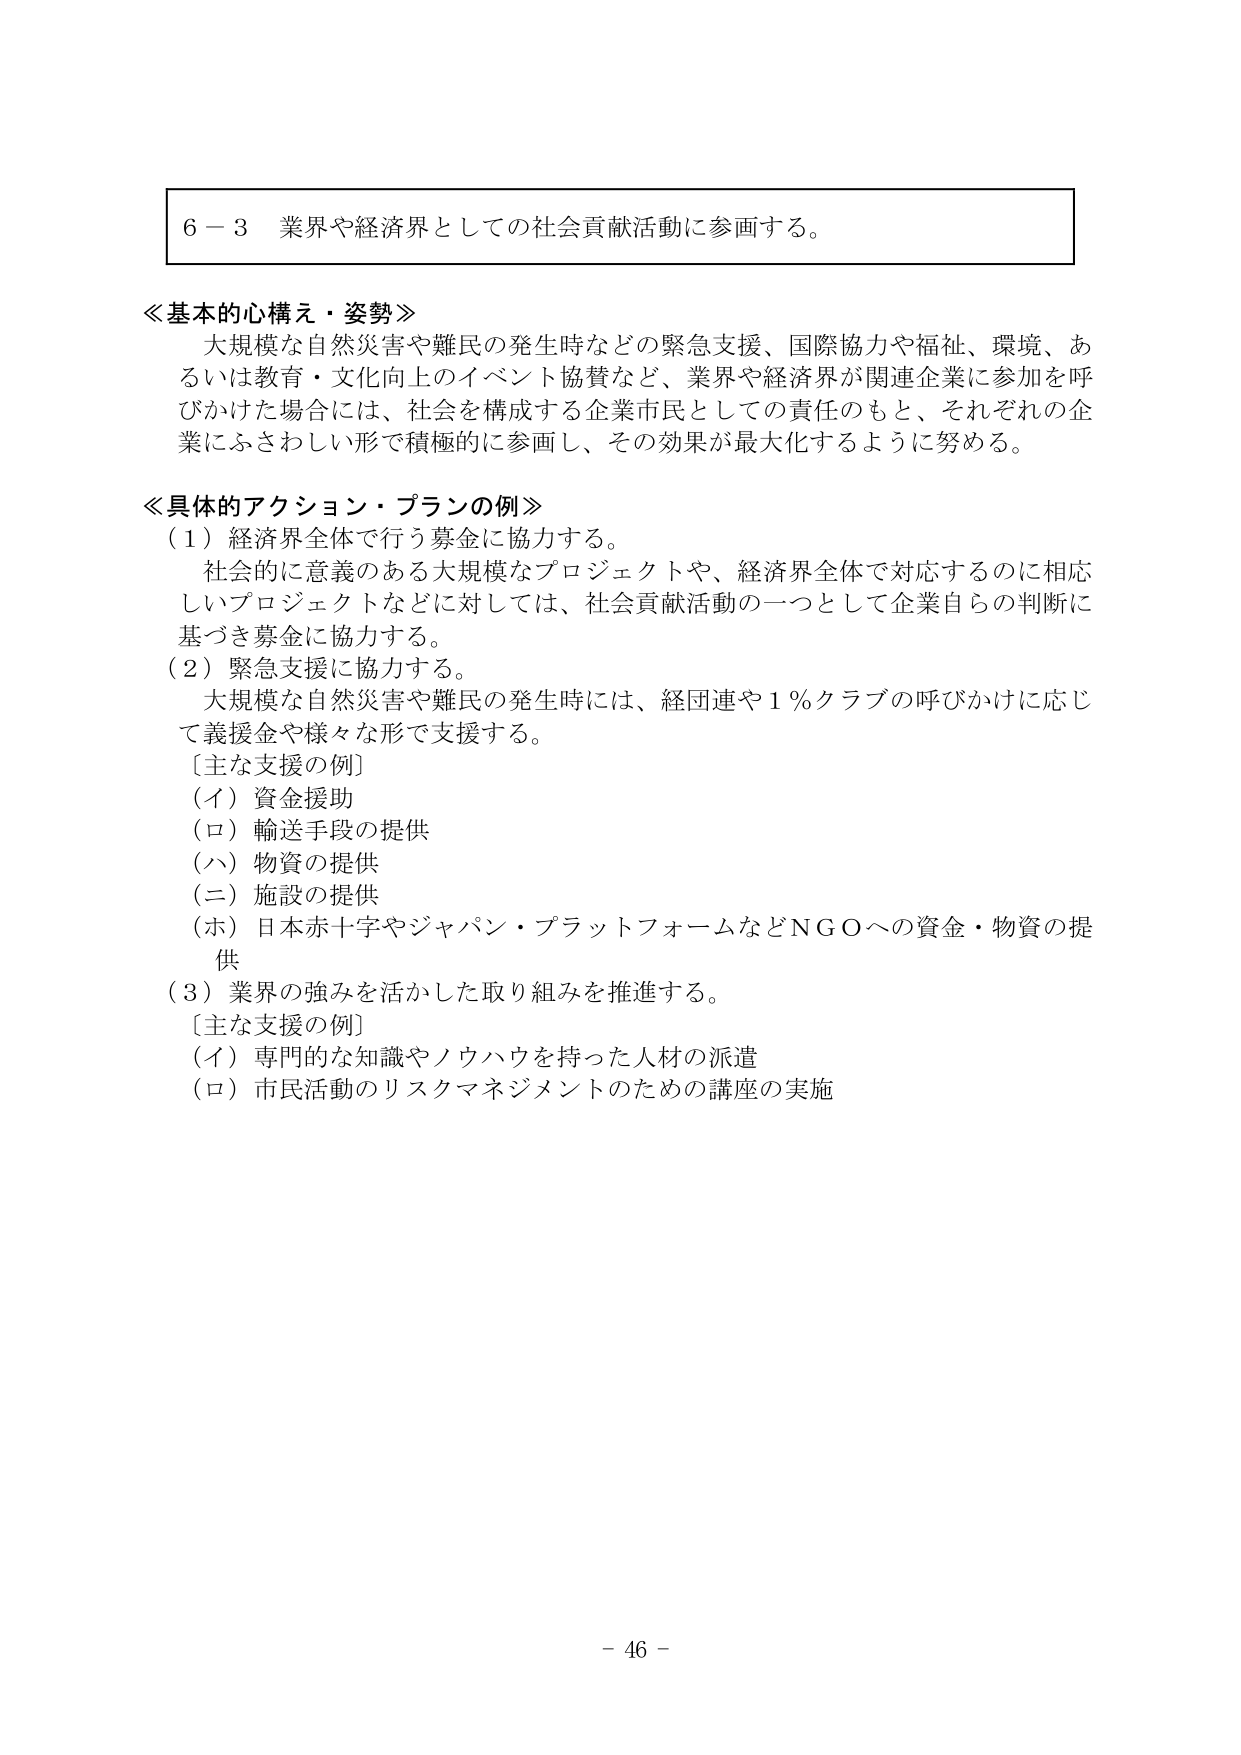
６－３ 業界や経済界としての社会貢献活動に参画する。

≪基本的心構え・姿勢≫
大規模な自然災害や難民の発生時などの緊急支援、国際協力や福祉、環境、あるいは教育・文化向上のイベント協賛など、業界や経済界が関連企業に参加を呼びかけた場合には、社会を構成する企業市民としての責任のもと、それぞれの企業にふさわしい形で積極的に参画し、その効果が最大化するように努める。

≪具体的アクション・プランの例≫
（１）経済界全体で行う募金に協力する。
社会的に意義のある大規模なプロジェクトや、経済界全体で対応するのに相応しいプロジェクトなどに対しては、社会貢献活動の一つとして企業自らの判断に基づき募金に協力する。
（２）緊急支援に協力する。
大規模な自然災害や難民の発生時には、経団連や１％クラブの呼びかけに応じて義援金や様々な形で支援する。
［主な支援の例］
（イ）資金援助
（ロ）輸送手段の提供
（ハ）物資の提供
（ニ）施設の提供
（ホ）日本赤十字やジャパン・プラットフォームなどＮＧＯへの資金・物資の提供
（３）業界の強みを活かした取り組みを推進する。
［主な支援の例］
（イ）専門的な知識やノウハウを持った人材の派遣
（ロ）市民活動のリスクマネジメントのための講座の実施

－ 46 －